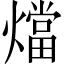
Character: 𭶙